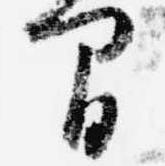
間